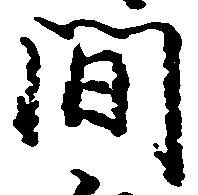
間